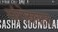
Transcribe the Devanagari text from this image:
मंगेश्कर